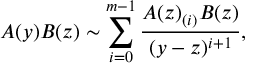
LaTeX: A ( y ) B ( z ) \sim \sum _ { i = 0 } ^ { m - 1 } \frac { A ( z ) _ { ( i ) } B ( z ) } { ( y - z ) ^ { i + 1 } } ,